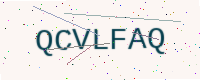
Text: QCVLFAQ